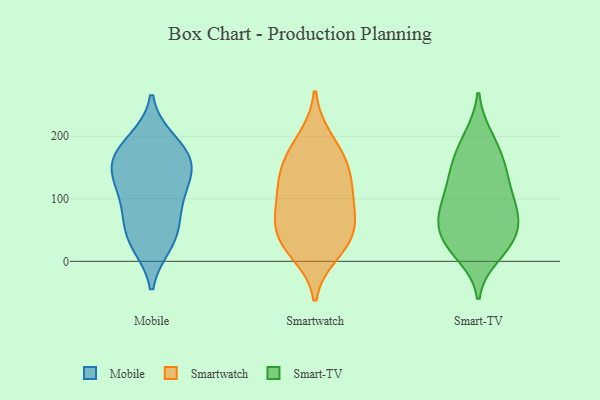
{"axis": {"x": "Demand Index", "y": "Value"}, "legend": ["Mobile", "Smart-TV", "Smartwatch"], "data": [{"x": "", "y": 29, "type": "Mobile"}, {"x": "", "y": 123, "type": "Mobile"}, {"x": "", "y": 180, "type": "Mobile"}, {"x": "", "y": 160, "type": "Mobile"}, {"x": "", "y": 37, "type": "Mobile"}, {"x": "", "y": 46, "type": "Mobile"}, {"x": "", "y": 90, "type": "Mobile"}, {"x": "", "y": 145, "type": "Mobile"}, {"x": "", "y": 87, "type": "Mobile"}, {"x": "", "y": 167, "type": "Mobile"}, {"x": "", "y": 192, "type": "Mobile"}, {"x": "", "y": 137, "type": "Mobile"}, {"x": "", "y": 42, "type": "Smartwatch"}, {"x": "", "y": 110, "type": "Smartwatch"}, {"x": "", "y": 164, "type": "Smartwatch"}, {"x": "", "y": 136, "type": "Smartwatch"}, {"x": "", "y": 151, "type": "Smartwatch"}, {"x": "", "y": 80, "type": "Smartwatch"}, {"x": "", "y": 15, "type": "Smartwatch"}, {"x": "", "y": 35, "type": "Smartwatch"}, {"x": "", "y": 92, "type": "Smartwatch"}, {"x": "", "y": 194, "type": "Smartwatch"}, {"x": "", "y": 47, "type": "Smartwatch"}, {"x": "", "y": 156, "type": "Smart-TV"}, {"x": "", "y": 119, "type": "Smart-TV"}, {"x": "", "y": 155, "type": "Smart-TV"}, {"x": "", "y": 199, "type": "Smart-TV"}, {"x": "", "y": 33, "type": "Smart-TV"}, {"x": "", "y": 71, "type": "Smart-TV"}, {"x": "", "y": 192, "type": "Smart-TV"}, {"x": "", "y": 51, "type": "Smart-TV"}, {"x": "", "y": 10, "type": "Smart-TV"}, {"x": "", "y": 124, "type": "Smart-TV"}, {"x": "", "y": 72, "type": "Smart-TV"}, {"x": "", "y": 24, "type": "Smart-TV"}, {"x": "", "y": 25, "type": "Smart-TV"}, {"x": "", "y": 149, "type": "Smart-TV"}, {"x": "", "y": 82, "type": "Smart-TV"}, {"x": "", "y": 86, "type": "Smart-TV"}, {"x": "", "y": 42, "type": "Smart-TV"}, {"x": "", "y": 92, "type": "Smart-TV"}]}